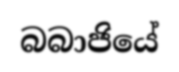
බබාජියේ